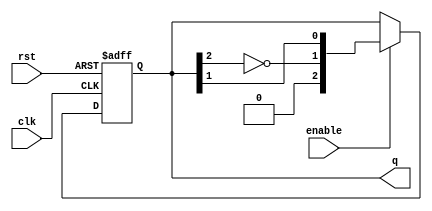
module JohnsonCounter #(parameter N = 3) (
    input wire clk,         // Clock input
    input wire rst,         // Asynchronous reset
    input wire enable,      // Enable signal for counting
    output reg [N-1:0] q    // Counter output
);

// Asynchronous reset and counting behavior
always @(posedge clk or posedge rst) begin
    if (rst) begin
        // Reset the counter to initial state (000...0)
        q <= 0;             
    end else if (enable) begin
        // Shift the states and invert the last flip-flop output
        q <= {~q[N-1], q[N-2:1]};  
    end
end

endmodule